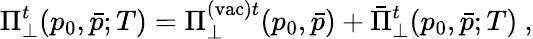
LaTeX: \Pi_{\perp}^{t}(p_{0},\bar{p};T)=\Pi_{\perp}^{\mathrm{(vac)}t}(p_{0},\bar{p})+\bar{\Pi}_{\perp}^{t}(p_{0},\bar{p};T)\ ,